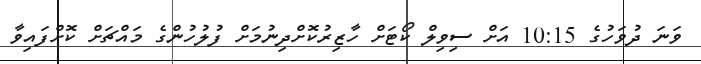
ވަނަ ދުވަހުގެ 10:15 އަށް ސިވިލް ކޯޓަށް ހާޒިރުކޮށްދިނުމަށް ފުލުހުންގެ މައްޗަށް ކޮށްފައިވާ